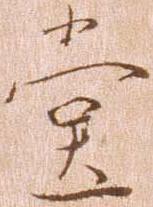
堂